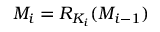
M _ { i } = R _ { K _ { i } } ( M _ { i - 1 } )